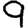
Digit: 9